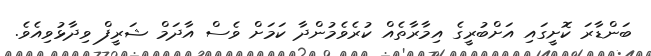
ބަންޑާރަ ކޮށީގައި އަށްބުރީގެ އިމާރާތެއް ކުރެވެމުންދާ ކަމަށް ވެސް އާދަމް ޝަރީފް ވިދާޅުވިއެވެ.